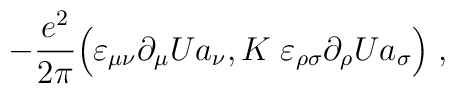
-\frac{e^2}{2\pi} \Big( \varepsilon_{\mu \nu} \partial_\mu U a_\nu, K \;\varepsilon_{\rho \sigma} \partial_\rho U a_\sigma \Big) \; ,